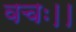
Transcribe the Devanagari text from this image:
वचः।।